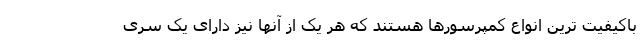
باکیفیت ترین انواع کمپرسورها هستند که هر یک از آنها نیز دارای یک سری